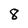
Character: 8